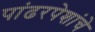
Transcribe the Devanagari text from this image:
पांढरपेशांचे